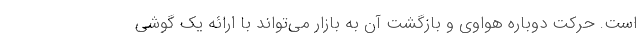
است. حرکت دوباره هواوی و بازگشت آن به بازار می‌تواند با ارائه یک گوشی